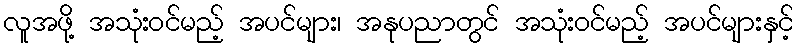
လူအဖို့ အသုံးဝင်မည့် အပင်များ၊ အနုပညာတွင် အသုံးဝင်မည့် အပင်များနှင့်